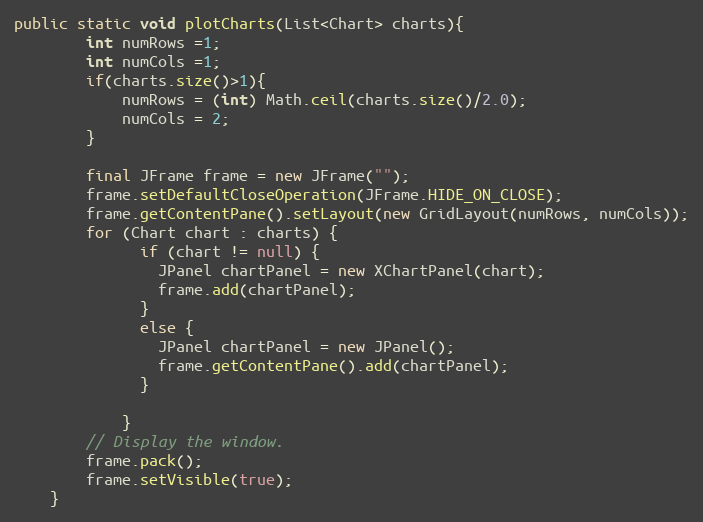
Language: Java
public static void plotCharts(List<Chart> charts){
		int numRows =1;
		int numCols =1;
		if(charts.size()>1){
			numRows = (int) Math.ceil(charts.size()/2.0);
			numCols = 2;
		}

	    final JFrame frame = new JFrame("");
	    frame.setDefaultCloseOperation(JFrame.HIDE_ON_CLOSE);
        frame.getContentPane().setLayout(new GridLayout(numRows, numCols));
	    for (Chart chart : charts) {
	          if (chart != null) {
	            JPanel chartPanel = new XChartPanel(chart);
	            frame.add(chartPanel);
	          }
	          else {
	            JPanel chartPanel = new JPanel();
	            frame.getContentPane().add(chartPanel);
	          }

	        }
	    // Display the window.
        frame.pack();
        frame.setVisible(true);
	}